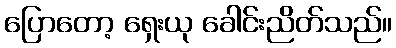
ပြောတော့ ရှေးယု ခေါင်းညိတ်သည်။